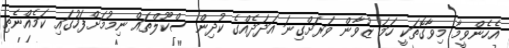
އެހެންވީމާ މިވާގޮތަކީ ހަމަ ޒުވާން ވަރަށްގިނަ އަދަދެއްގެ ކުދިން ސްކޫލްތައް ނިމުމަށްފަހުގައި ކަމެއްނެތި